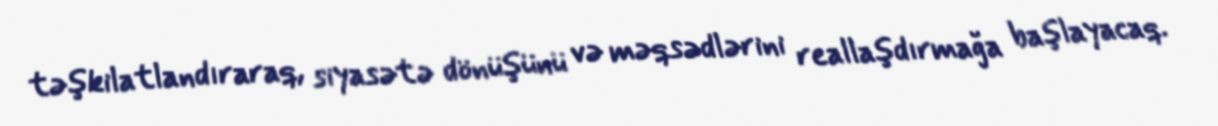
təşkilatlandıraraq, siyasətə dönüşünü və məqsədlərini reallaşdırmağa başlayacaq.